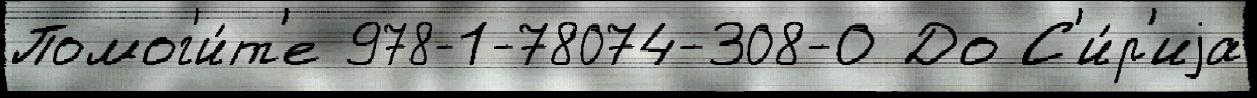
Помог'и́т'е 978-1-78074-308-0 До С'и́р'иjа